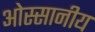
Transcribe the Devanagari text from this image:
ओस्सानीय